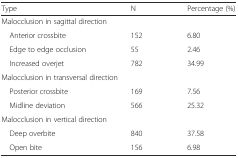
<table><thead><tr><td><b>Type</b></td><td><b>N</b></td><td><b>Percentage (%)</b></td></tr></thead><tbody><tr><td colspan="3">Malocclusion in sagittal direction</td></tr><tr><td> Anterior crossbite</td><td>152</td><td>6.80</td></tr><tr><td> Edge to edge occlusion</td><td>55</td><td>2.46</td></tr><tr><td> Increased overjet</td><td>782</td><td>34.99</td></tr><tr><td colspan="3">Malocclusion in transversal direction</td></tr><tr><td> Posterior crossbite</td><td>169</td><td>7.56</td></tr><tr><td> Midline deviation</td><td>566</td><td>25.32</td></tr><tr><td colspan="3">Malocclusion in vertical direction</td></tr><tr><td> Deep overbite</td><td>840</td><td>37.58</td></tr><tr><td> Open bite</td><td>156</td><td>6.98</td></tr></tbody></table>